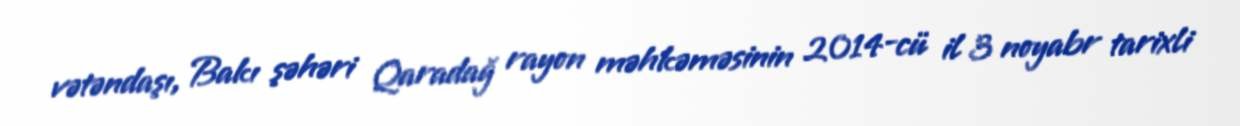
vətəndaşı, Bakı şəhəri Qaradağ rayon məhkəməsinin 2014-cü il 3 noyabr tarixli